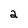
Character: a